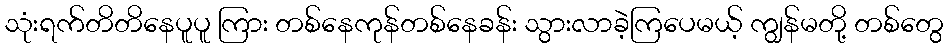
သုံးရက်တိတိနေပူပူ ကြား တစ်နေကုန်တစ်နေခန်း သွားလာခဲ့ကြပေမယ့် ကျွန်မတို့ တစ်တွေ